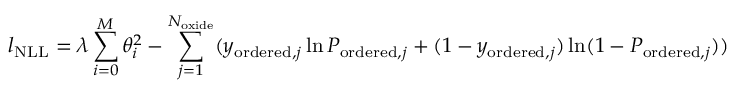
l _ { \mathrm { N L L } } = \lambda \sum _ { i = 0 } ^ { M } \theta _ { i } ^ { 2 } - \sum _ { j = 1 } ^ { N _ { \mathrm { o x i d e } } } ( y _ { \mathrm { o r d e r e d } , j } \ln { P _ { \mathrm { o r d e r e d } , j } } + ( 1 - y _ { \mathrm { o r d e r e d } , j } ) \ln ( 1 - P _ { \mathrm { o r d e r e d } , j } ) )